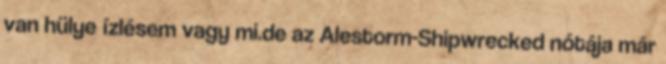
van hülye í­zlésem vagy mi.de az Alestorm-Shipwrecked nótája már